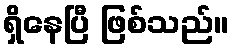
ရှိနေပြီ ဖြစ်သည်။